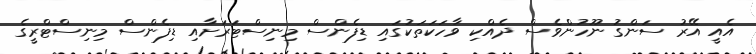
އެއީ އޭރު ސަންގު ނޫހުންވެސް ދެއްކި ވާހަކަތަކުގައި ޑިފެންސް މިނިސްޓަރަށާއި ޑިފެންސް މިނިސްޓްރީގެ